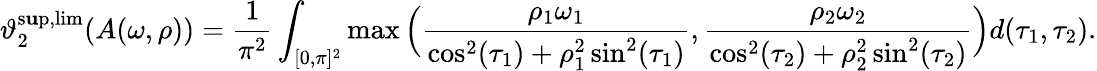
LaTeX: \vartheta_{2}^{\operatorname*{s\mathbf{u}p},\operatorname*{lim}}(A(\omega,\rho))=\frac{{1}}{{\pi^{2}}}\int_{[0,\pi]^{2}}\operatorname*{max}\Big(\frac{{\rho_{1}\omega_{1}}}{{\cos^{2}(\tau_{1})+\rho_{1}^{2}\sin^{2}(\tau_{1})}},\frac{{\rho_{2}\omega_{2}}}{{\cos^{2}(\tau_{2})+\rho_{2}^{2}\sin^{2}(\tau_{2})}}\Big)d(\tau_{1},\tau_{2}).